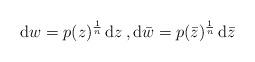
LaTeX: \begin{align*}{\rm d}w = p(z)^\frac{1}{n} \,{{\rm d}z}\,, {\rm d}{ \bar w} = p({\bar z})^\frac{1}{n}\,{{\rm d}{\bar z}}\end{align*}